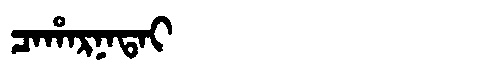
Manchu: ᠴᠠᡥᠠᡵᠨᠠᡨᠠᡳ
Romanization: CAHARNATAI